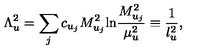
\Lambda _ { u } ^ { 2 } = \sum _ { j } c _ { u _ { j } } M _ { u _ { j } } ^ { 2 } \mathrm { l n } { \frac { M _ { u _ { j } } ^ { 2 } } { \mu _ { u } ^ { 2 } } } \equiv { \frac { 1 } { l _ { u } ^ { 2 } } } ,